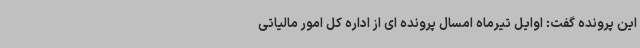
این پرونده گفت: اوایل تیرماه امسال پرونده ای از اداره کل امور مالیاتی